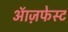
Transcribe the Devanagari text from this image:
ऑज़फेस्ट